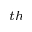
^ { t h }